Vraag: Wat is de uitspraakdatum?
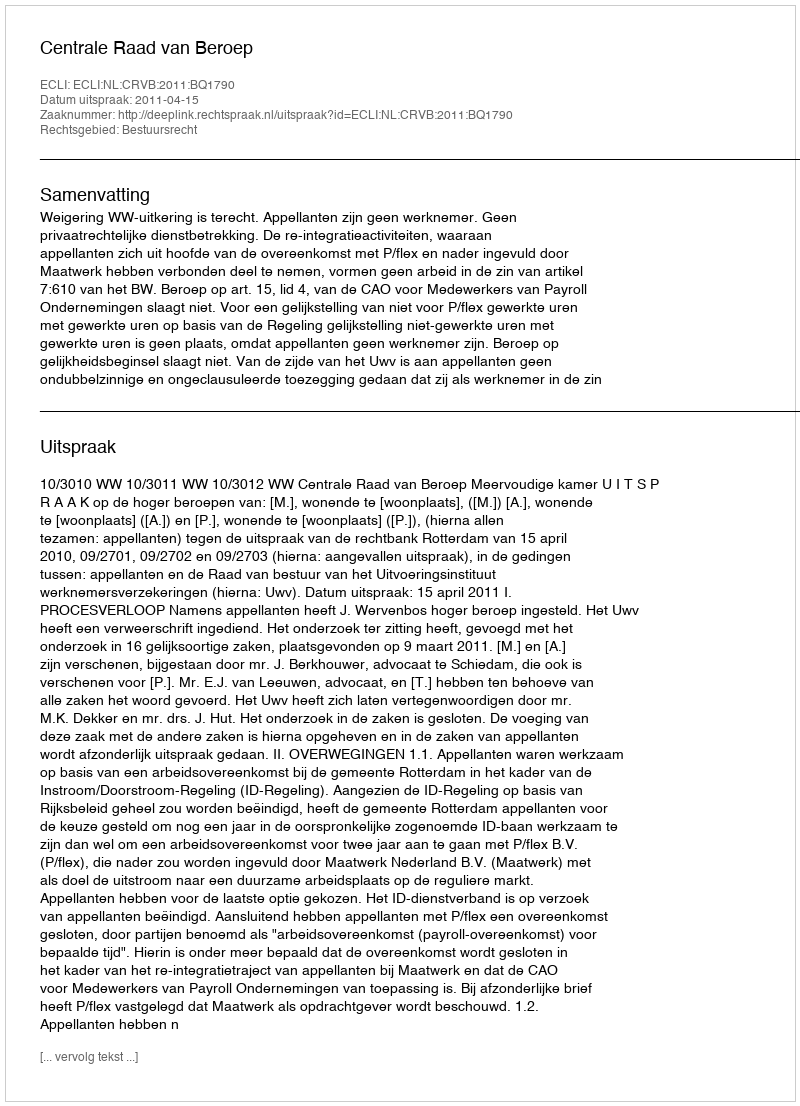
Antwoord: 2011-04-15